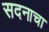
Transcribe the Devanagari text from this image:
सदनाचा